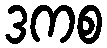
ဒကစ